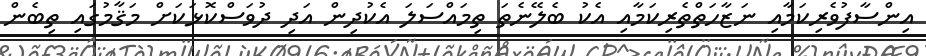
އިންސާފުވެރިކަމާއި ނަޒާހަތްތެރިކަމާއި އެކު ބެލޭނެތަ ތިމައްސަލަ އެކުދިން އަދި ދުވަސްކޮޅަކަށް މަޤާމުގައި ތިބެން